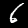
Digit: 6